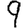
Digit: 9